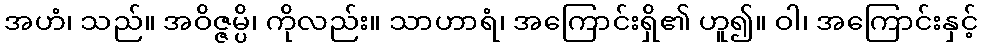
အဟံ၊ သည်။ အဝိဇ္ဇမ္ပိ၊ ကိုလည်း။ သာဟာရံ၊ အကြောင်းရှိ၏ ဟူ၍။ ဝါ၊ အကြောင်းနှင့်